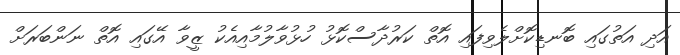
އަދި އަތުގައި ބޮނޑިކޮށްލެވިފައި އޮތް ކަރުދާސްކޮޅު ހުޅުވާލުމާއިއެކު ޒީވާ އޭގައި އޮތް ނަންބަރަށް